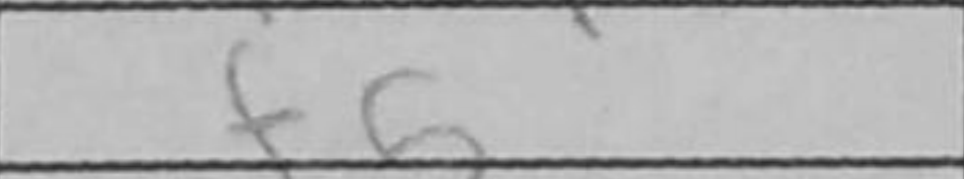
Transcription: f5